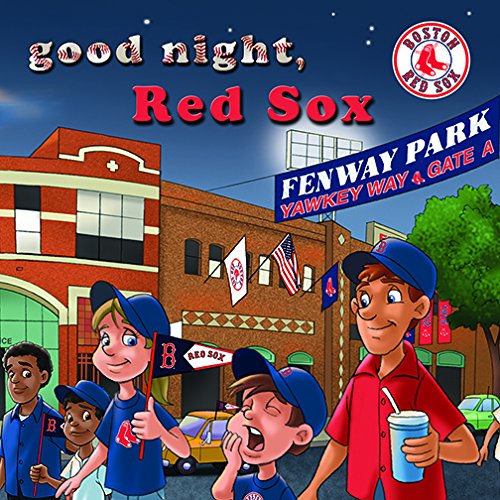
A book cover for Good Night, Red Sox; Brad M.Epstein; Children's Books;